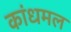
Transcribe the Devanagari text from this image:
कांधमल